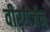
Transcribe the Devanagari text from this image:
वीरगर्जन